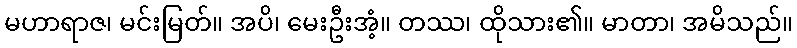
မဟာရာဇ၊ မင်းမြတ်။ အပိ၊ မေးဦးအံ့။ တဿ၊ ထိုသား၏။ မာတာ၊ အမိသည်။